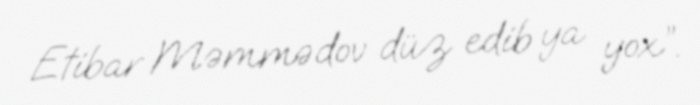
Etibar Məmmədov düz edib ya yox”.